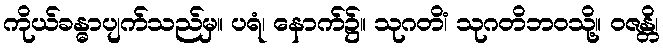
ကိုယ်ခန္ဓာပျက်သည်မှ။ ပရံ၊ နောက်၌။ သုဂတိံ၊ သုဂတိဘဝသို့။ ဝဇန္တိ၊